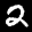
Label: 2